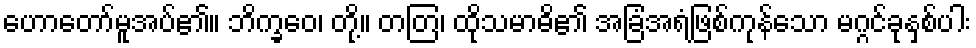
ဟောတော်မူအပ်၏။ ဘိက္ခဝေ၊ တို့။ တတြ၊ ထိုသမာဓိ၏ အခြံအရံဖြစ်ကုန်သော မဂ္ဂင်ခုနှစ်ပါး